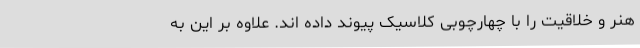
هنر و خلاقیت را با چهارچوبی کلاسیک پیوند داده اند. علاوه بر این به